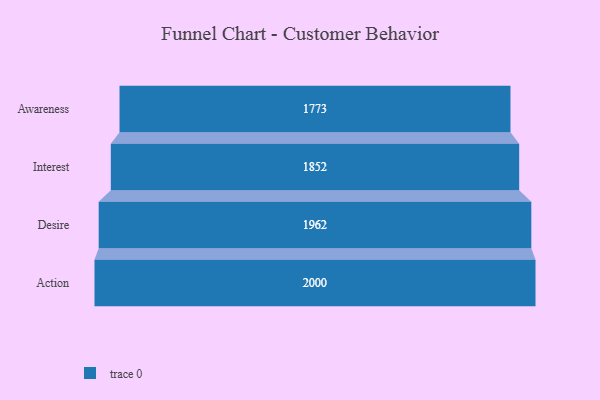
{"axis": {"x": "Stage", "y": "Value"}, "legend": [""], "data": [{"x": "Awareness", "y": 1773.0, "type": ""}, {"x": "Interest", "y": 1852.0, "type": ""}, {"x": "Desire", "y": 1962.0, "type": ""}, {"x": "Action", "y": 2000, "type": ""}]}